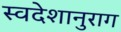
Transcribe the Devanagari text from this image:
स्वदेशानुराग